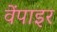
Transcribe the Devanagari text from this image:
वेंपाइर